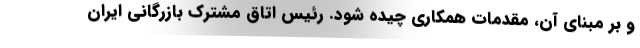
و بر مبنای آن، مقدمات همکاری چیده شود. رئیس اتاق مشترک بازرگانی ایران